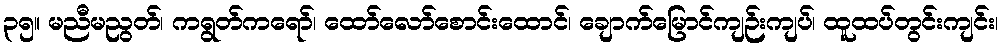
၃၅။ မညီမညွတ်၊ ကရွတ်ကရော်၊ ထော်လော်စောင်းထောင်၊ ချောက်မြောင်ကျဉ်းကျပ်၊ ထူထပ်တွင်းကျင်း၊